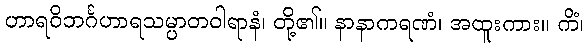
ဟာရဝိဘင်္ဂဟာရသမ္ပာတဝါရာနံ၊ တို့၏။ နာနာကရဏံ၊ အထူးကား။ ကိံ၊